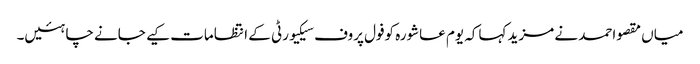
میاں مقصواحمد نے مزید کہاکہ یوم عاشورہ کوفول پروف سیکیورٹی کے انتظامات کیے جانے چاہئیں۔